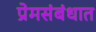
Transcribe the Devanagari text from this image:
प्रेमसंबंधात